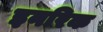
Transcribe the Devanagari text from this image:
इनरिक